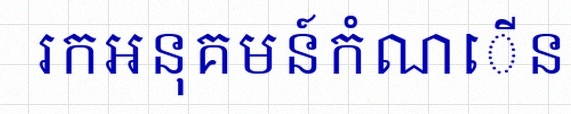
រកអនុគមន៍កំណើន